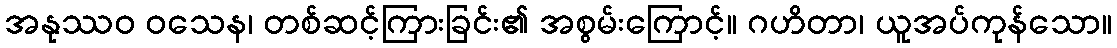
အနုဿဝ ဝသေန၊ တစ်ဆင့်ကြားခြင်း၏ အစွမ်းကြောင့်။ ဂဟိတာ၊ ယူအပ်ကုန်သော။